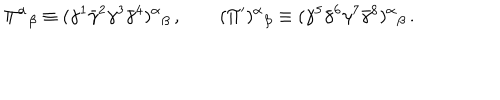
\Pi ^ { \alpha } { } _ { \beta } \equiv ( \gamma ^ { 1 } \bar { \gamma } ^ { 2 } \gamma ^ { 3 } \bar { \gamma } ^ { 4 } ) ^ { \alpha } { } _ { \beta } \, , \qquad ( \Pi ^ { \prime } ) ^ { \alpha } { } _ { \beta } \equiv ( \gamma ^ { 5 } \bar { \gamma } ^ { 6 } \gamma ^ { 7 } \bar { \gamma } ^ { 8 } ) ^ { \alpha } { } _ { \beta } \, .